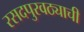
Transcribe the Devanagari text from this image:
रसदपुरवठ्याची